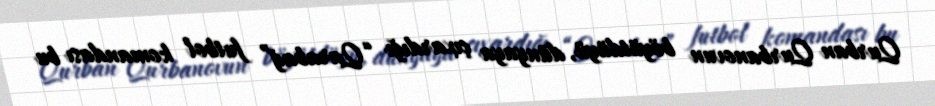
Qurban Qurbanovun böyütdüyü, dünyaya çıxardığı “Qarabağ” futbol komandası bu